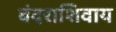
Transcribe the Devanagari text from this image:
बंदराशिवाय